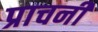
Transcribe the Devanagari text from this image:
प्राचनी